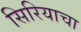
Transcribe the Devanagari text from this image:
सिरियाचा